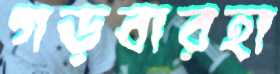
গড়বারহা